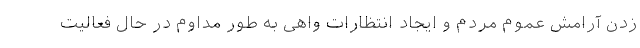
زدن آرامش عموم مردم و ایجاد انتظارات واهی به طور مداوم در حال فعالیت